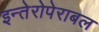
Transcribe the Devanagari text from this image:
इन्तेरोपेराबल